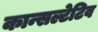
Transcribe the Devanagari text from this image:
कान्सल्टेटिव